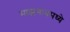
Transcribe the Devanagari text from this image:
माझगावमध्ये